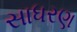
સાધરણ